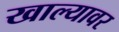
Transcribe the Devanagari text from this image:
खाल्यावर